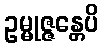
ဥမ္မုဇ္ဇန္တေပိ